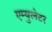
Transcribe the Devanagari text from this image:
एम्युलेटर